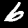
Digit: 6